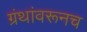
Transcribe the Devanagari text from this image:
ग्रंथांवरूनच